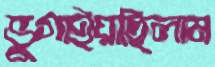
ভুগাইয়াছিলাম